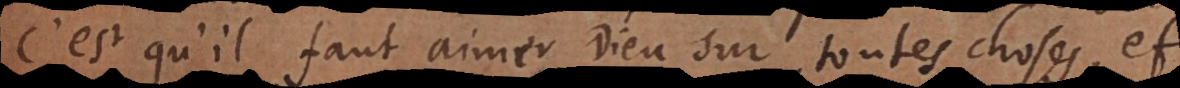
C’est qu’il faut aimer Dieu sur toutes choses, et